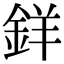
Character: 𨦡